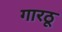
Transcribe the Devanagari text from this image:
गारठू